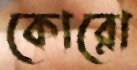
কোরো